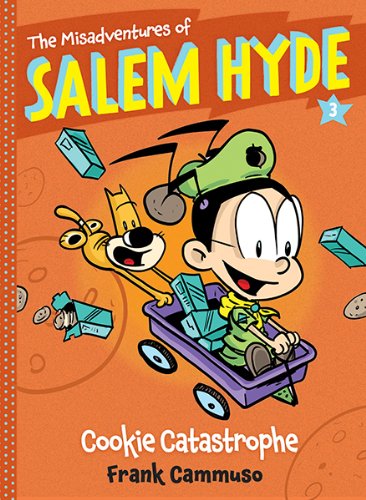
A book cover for The Misadventures of Salem Hyde: Book Three: Cookie Catastrophe; Frank Cammuso; Cookbooks, Food & Wine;